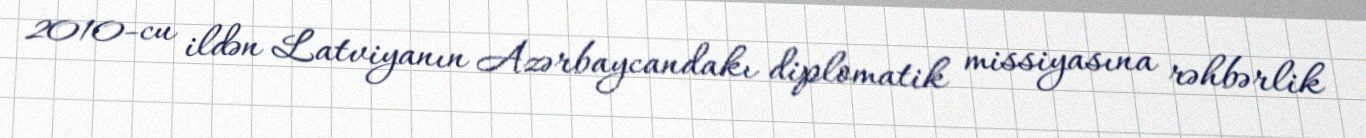
2010-cu ildən Latviyanın Azərbaycandakı diplomatik missiyasına rəhbərlik